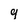
Character: 9